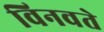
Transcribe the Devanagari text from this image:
विनवते